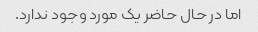
اما در حال حاضر یک مورد وجود ندارد.